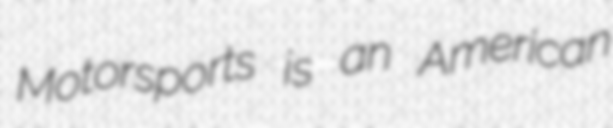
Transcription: Motorsports is an American